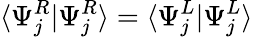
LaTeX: \langle\Psi_{j}^{R}|\Psi_{j}^{R}\rangle=\langle\Psi_{j}^{L}|\Psi_{j}^{L}\rangle